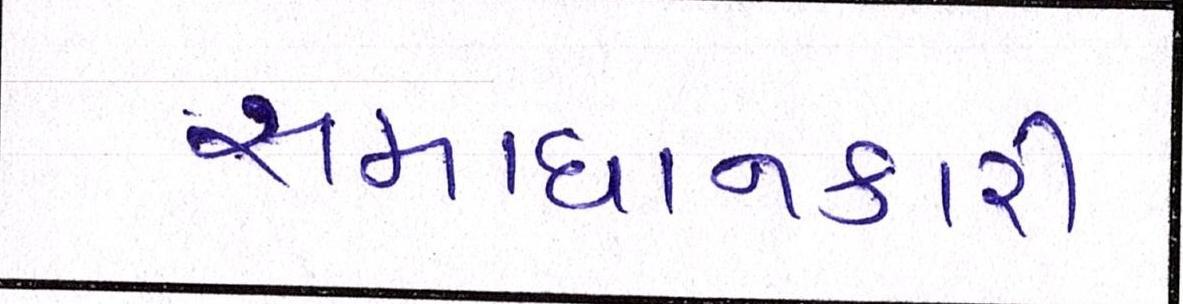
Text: સમાધાનકારી